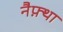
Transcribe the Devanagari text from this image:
नैफ़्था